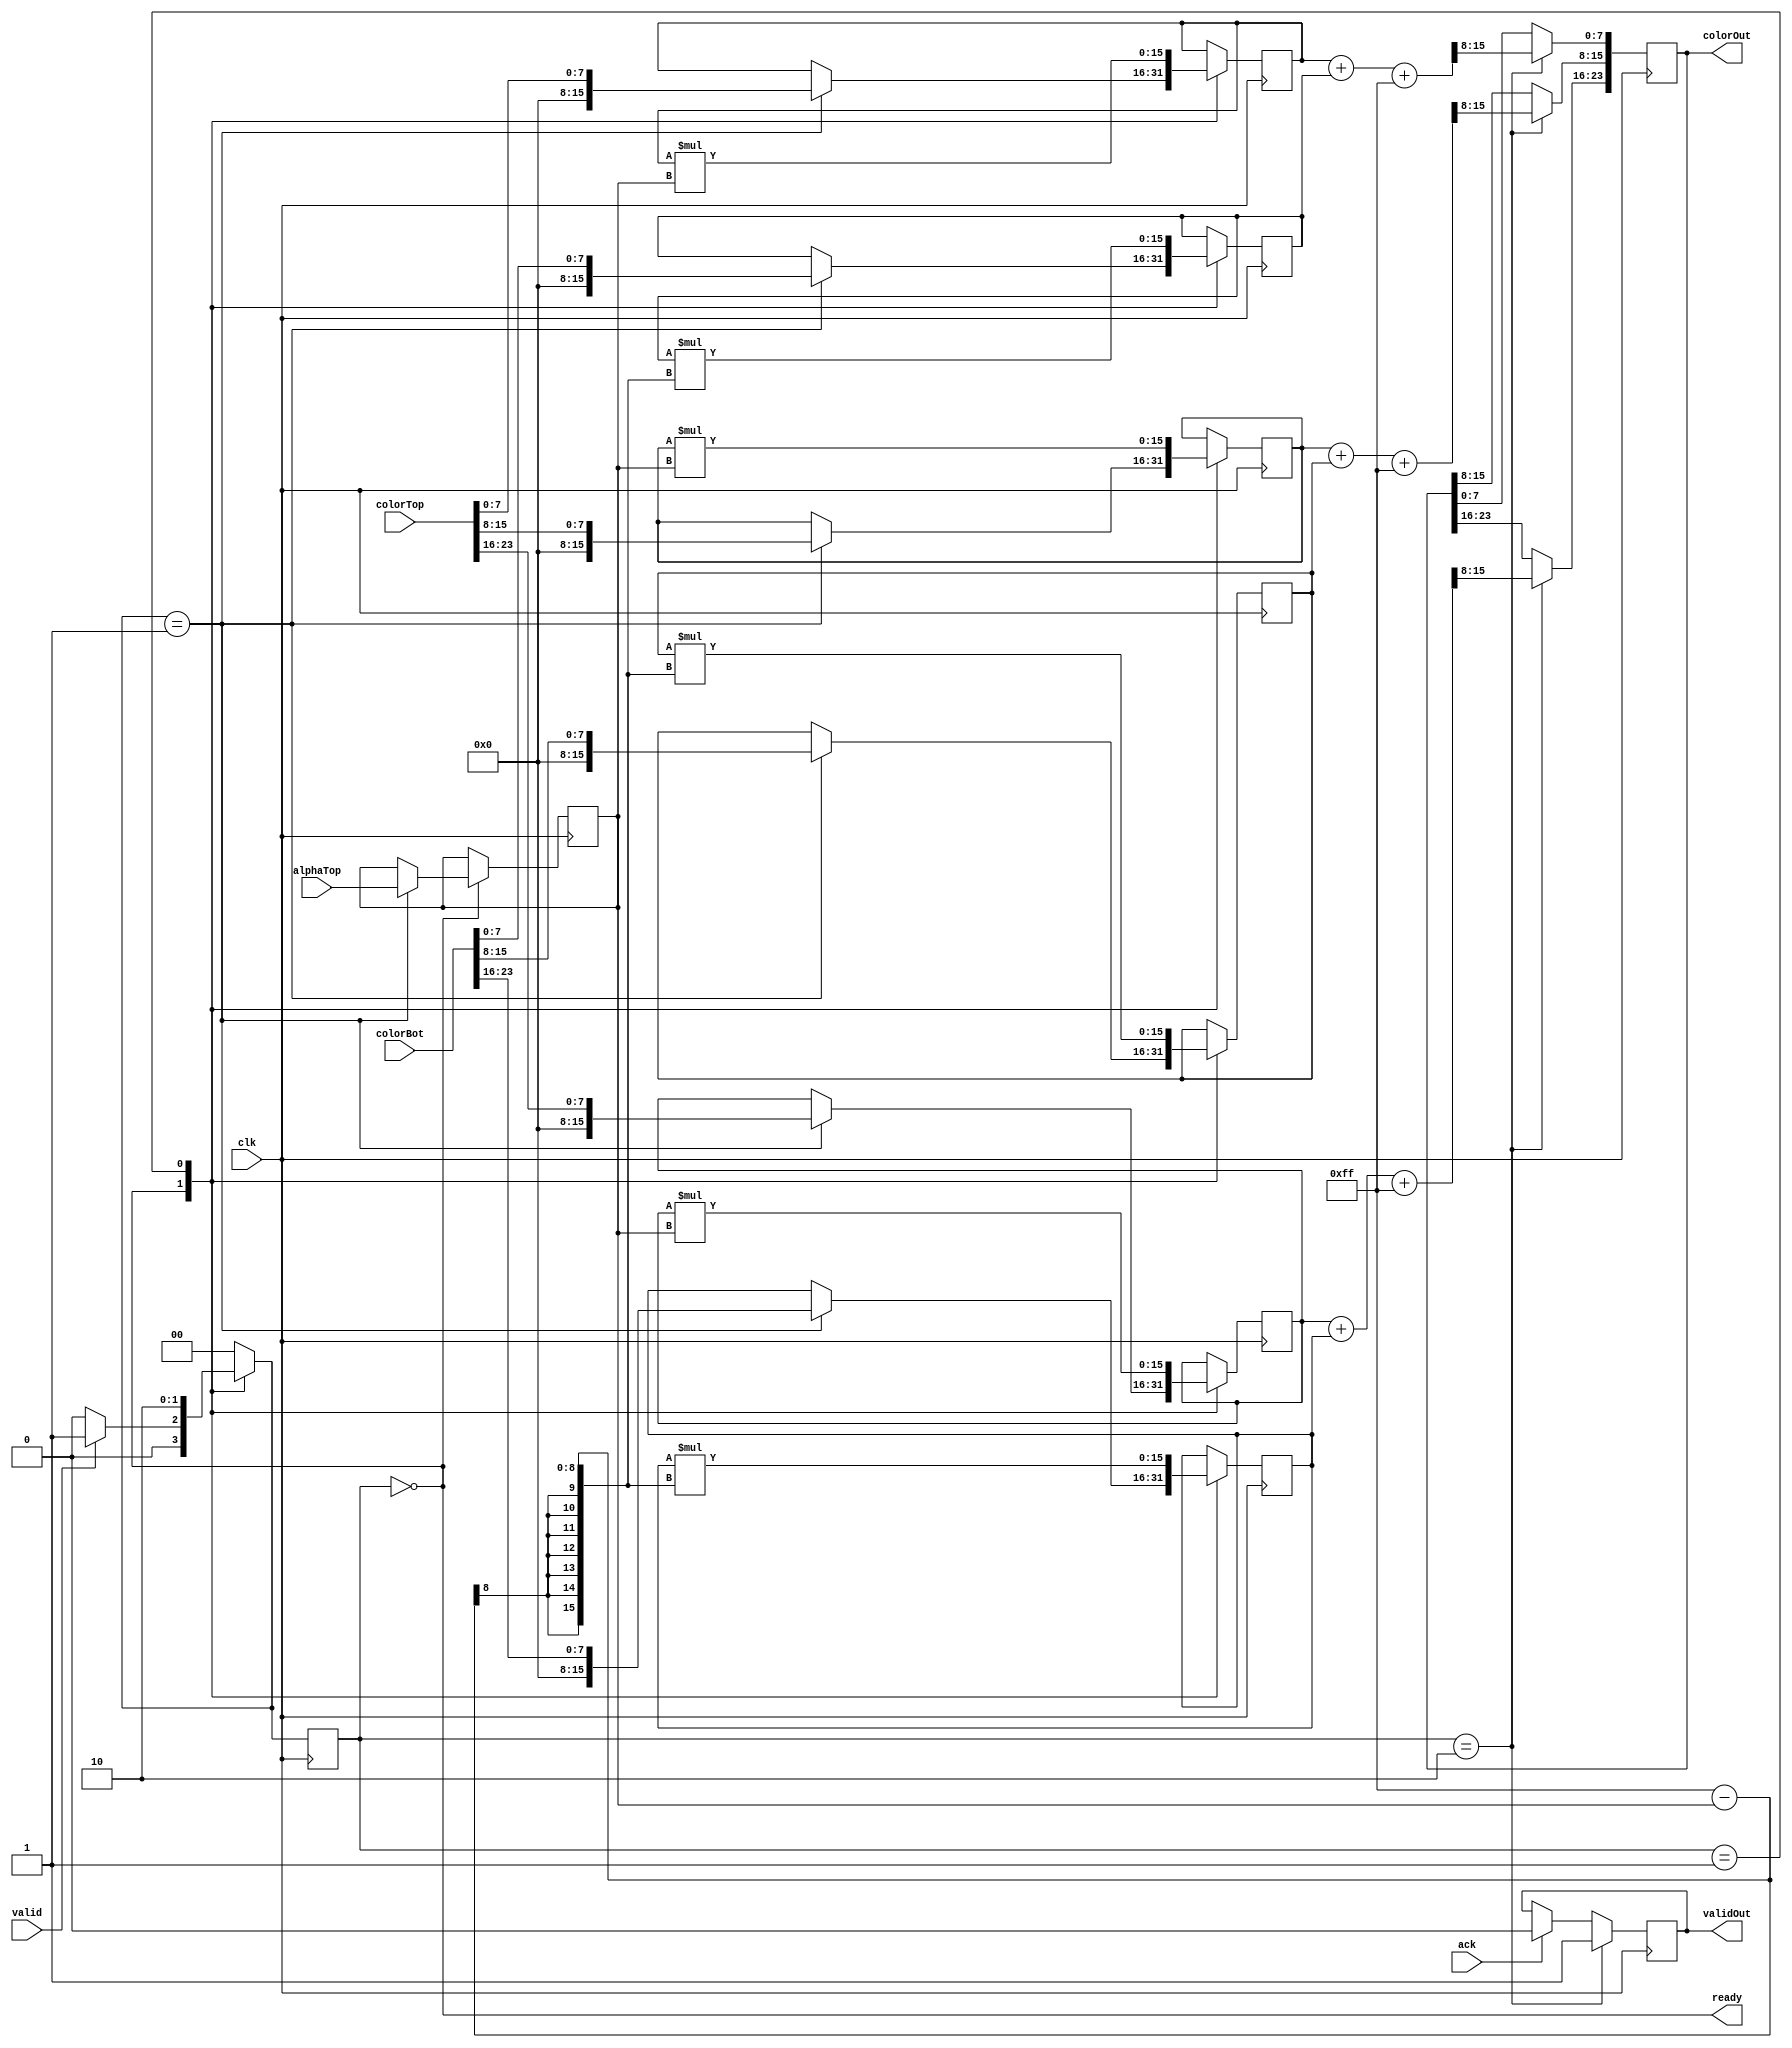
module alpha_blend (
  input  clk,
  input     [23:0] colorTop, colorBot,
  input     [7:0]  alphaTop,
  input            valid,
  input            ack,
  output reg       validOut,
  output           ready,
  output reg [23:0] colorOut
);
  
  localparam STATE_WAIT = 2'b00;
  localparam STATE_MULT = 2'b01;
  localparam STATE_ADD = 2'b10;
  reg [1:0] state=STATE_WAIT, nextState;
  
  
  wire [15:0] redSum, greenSum, blueSum;
  
  assign ready = (state == STATE_WAIT);
  assign redSum = (redTop + redBot + 15'h00FF);
  assign greenSum = (greenTop + greenBot + 15'h00FF);
  assign blueSum = (blueTop + blueBot + 15'h00FF);
  
  always @(*) begin
    case (state)
    STATE_WAIT: begin
      nextState = (valid ? STATE_MULT : STATE_WAIT);
    end
    STATE_MULT: nextState = STATE_ADD;
    STATE_ADD: nextState = STATE_WAIT;
    default: nextState = STATE_WAIT;
    endcase
  end
  
  reg [15:0] redTop, greenTop, blueTop, 
             redBot, greenBot, blueBot,
             redMult, greenMult, blueMult;
  reg [7:0] alpha;
  
  
  always @(posedge clk) begin
    state <= nextState;
    if (ack)
      validOut <= 0;
    case (state)
    STATE_WAIT: begin
      case (nextState)
      STATE_MULT: begin
        redTop <= {8'b0, colorTop[23:16]};
        greenTop <= {8'b0, colorTop[15:8]};
        blueTop <= {8'b0, colorTop[7:0]};
        redBot <= {8'b0, colorBot[23:16]};
        greenBot <= {8'b0, colorBot[15:8]};
        blueBot <= {8'b0, colorBot[7:0]};
        alpha <= alphaTop;
      end
      default: begin end
      endcase
    end
    STATE_MULT: begin
      redTop <= redTop * alpha;
      greenTop <= greenTop * alpha;
      blueTop <= blueTop * alpha;
      redBot <= redBot * (16'hFF - {8'h00, alpha});
      greenBot <= greenBot * (16'hFF - {8'h00, alpha});
      blueBot <= blueBot * (16'hFF - {8'h00, alpha});
    end
    STATE_ADD: begin
      colorOut[23:16] <= redSum[15:8];
      colorOut[15:8] <= greenSum[15:8];
      colorOut[7:0] <= blueSum[15:8];
      validOut <= 1;
    end
    default: begin end
    endcase
  end
  
  
  
endmodule